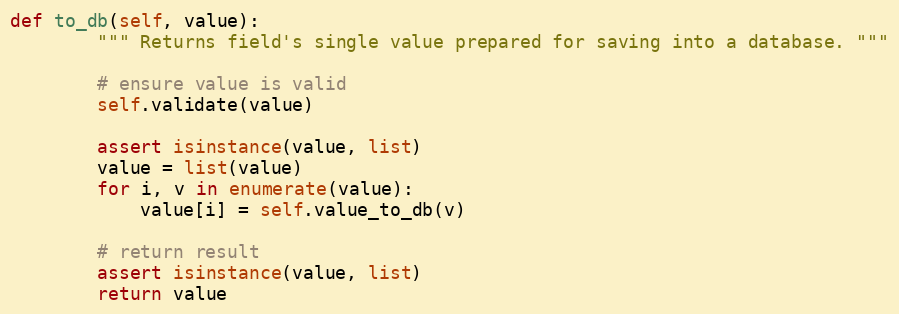
Language: Python
def to_db(self, value):
        """ Returns field's single value prepared for saving into a database. """

        # ensure value is valid
        self.validate(value)

        assert isinstance(value, list)
        value = list(value)
        for i, v in enumerate(value):
            value[i] = self.value_to_db(v)

        # return result
        assert isinstance(value, list)
        return value